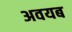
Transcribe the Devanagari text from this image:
अवयब